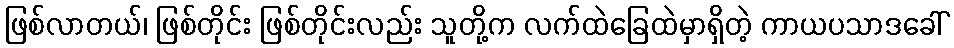
ဖြစ်လာတယ်၊ ဖြစ်တိုင်း ဖြစ်တိုင်းလည်း သူတို့က လက်ထဲခြေထဲမှာရှိတဲ့ ကာယပသာဒခေါ်